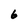
Character: 6